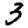
Digit: 3